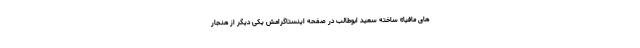
های مافیا» ساخته سعید ابوطالب در صفحه اینستاگرامش یکی دیگر از هنجار